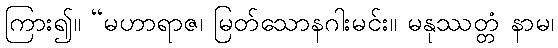
ကြား၍။ “မဟာရာဇ၊ မြတ်သောနဂါးမင်း။ မနုဿတ္တံ နာမ၊